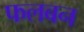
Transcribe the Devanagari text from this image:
फलबन